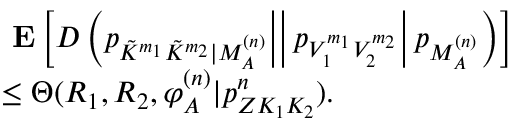
\begin{array} { r l } & { \mathrm { \bf ~ E } \left[ D \! \! \left. \left. \left. \left( p _ { \tilde { K } ^ { m _ { 1 } } \tilde { K } ^ { m _ { 2 } } | M _ { { \cal A } } ^ { ( n ) } } \right| \right| p _ { V _ { 1 } ^ { m _ { 1 } } V _ { 2 } ^ { m _ { 2 } } } \right| p _ { M _ { \cal A } ^ { ( n ) } } \right) \right] } \\ & { \leq \Theta ( R _ { 1 } , R _ { 2 } , \varphi _ { \cal A } ^ { ( n ) } | { p _ { Z K _ { 1 } K _ { 2 } } ^ { n } } ) . } \end{array}